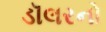
ડૉલરનો